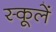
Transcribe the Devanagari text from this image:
स्कूलें